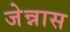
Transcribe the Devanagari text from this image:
जेन्नास